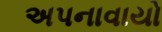
અપનાવાયો